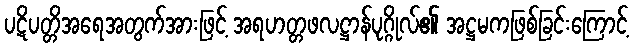
ပဋိပတ္တိအရေအတွက်အားဖြင့် အရဟတ္တဖလဋ္ဌာန်ပုဂ္ဂိုလ်၏ အဋ္ဌမကဖြစ်ခြင်းကြောင့်